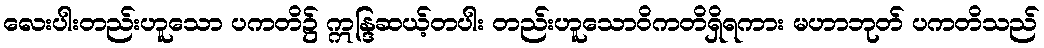
လေးပါးတည်းဟူသော ပကတိ၌ ဣန္ဒြဆယ့်တပါး တည်းဟူသောဝိကတိရှိရကား မဟာဘုတ် ပကတိသည်